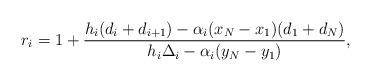
LaTeX: \begin{align*}r_i = 1 + \frac{h_i(d_i + d_{i+1}) - \alpha_i (x_N - x_1) (d_1 +d_N)}{h_i \Delta_i - \alpha_i (y_N - y_1)},\end{align*}